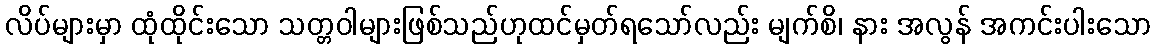
လိပ်များမှာ ထုံထိုင်းသော သတ္တဝါများဖြစ်သည်ဟုထင်မှတ်ရသော်လည်း မျက်စိ၊ နား အလွန် အကင်းပါးသော